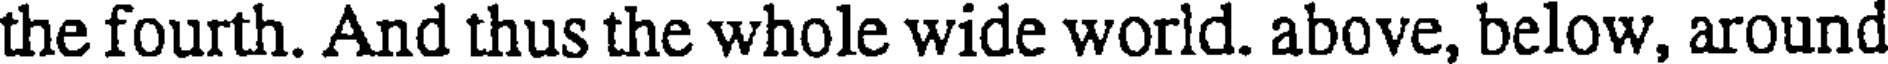
the fourth. And thus the whole wide world. above, below, around